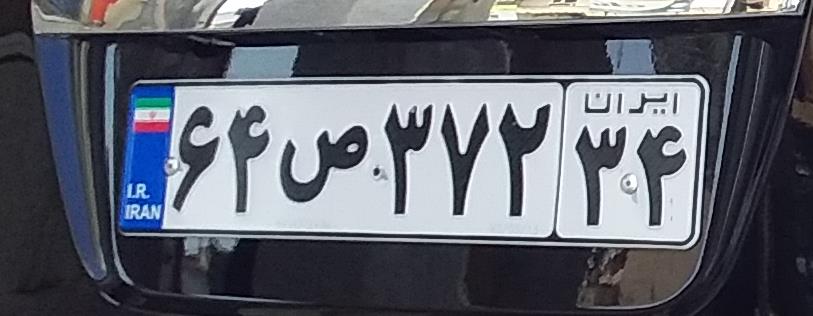
۶۴ص۳۷۲۳۴